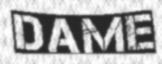
DAME